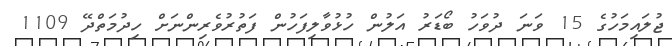
ޖުލައިމަހުގެ 15 ވަނަ ދުވަހު ބޯޑަރު އަލުން ހުޅުވާލިފަހުން ފަތުރުވެރިންނަށް ހިދުމަތްދޭ 1109